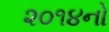
૨૦૧૪નો